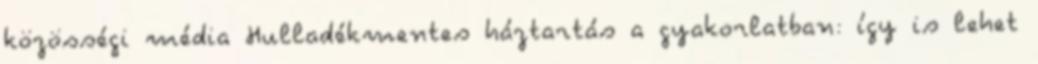
közösségi média Hulladékmentes háztartás a gyakorlatban: így is lehet